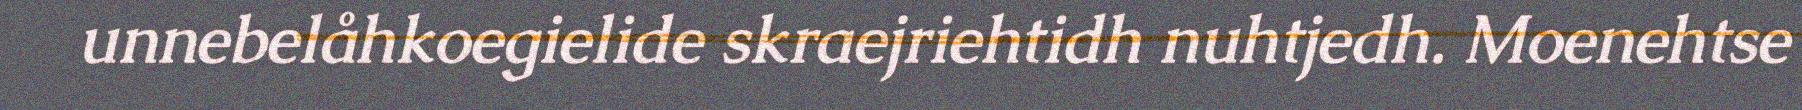
unnebelåhkoegielide skraejriehtidh nuhtjedh. Moenehtse